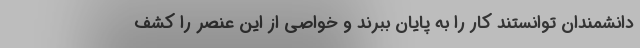
دانشمندان توانستند کار را به پایان ببرند و خواصّی از این عنصر را کشف